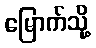
မြောက်သို့